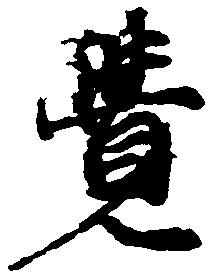
覚